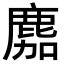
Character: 䴥